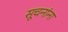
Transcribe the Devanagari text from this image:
सूचनांना